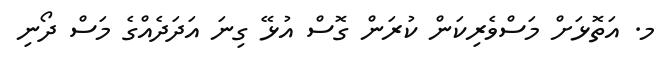
މ. އަތޮޅަށް މަސްވެރިކަން ކުރަން ގޮސް އުޅޭ ގިނަ އަދަދެއްގެ މަސް ދޯނި